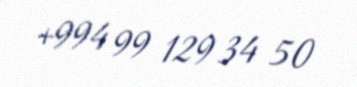
+994 99 129 34 50